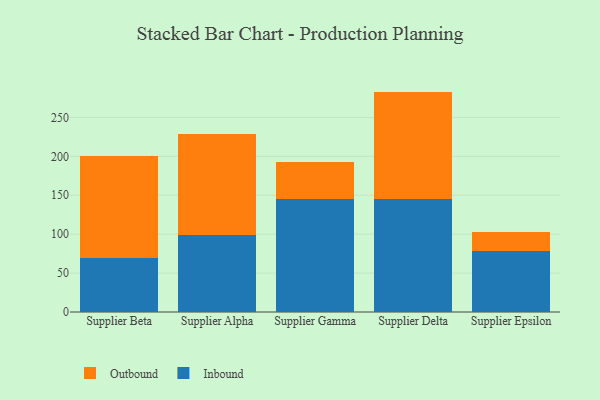
{"axis": {"x": "Supplier", "y": "Latency (ms)"}, "legend": ["Inbound", "Outbound"], "data": [{"x": "Supplier Beta", "y": 69.8, "type": "Inbound"}, {"x": "Supplier Beta", "y": 130.7, "type": "Outbound"}, {"x": "Supplier Alpha", "y": 99.1, "type": "Inbound"}, {"x": "Supplier Alpha", "y": 129.5, "type": "Outbound"}, {"x": "Supplier Gamma", "y": 144.6, "type": "Inbound"}, {"x": "Supplier Gamma", "y": 48.5, "type": "Outbound"}, {"x": "Supplier Delta", "y": 145.8, "type": "Inbound"}, {"x": "Supplier Delta", "y": 137.4, "type": "Outbound"}, {"x": "Supplier Epsilon", "y": 78.9, "type": "Inbound"}, {"x": "Supplier Epsilon", "y": 23.8, "type": "Outbound"}]}